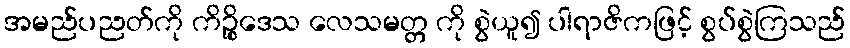
အမည်ပညတ်ကို ကိဉ္စိဒေသ လေသမတ္တ ကို စွဲယူ၍ ပါရာဇိကဖြင့် စွပ်စွဲကြသည်